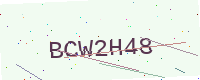
Text: BCW2H48